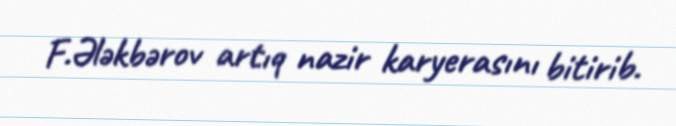
F.Ələkbərov artıq nazir karyerasını bitirib.